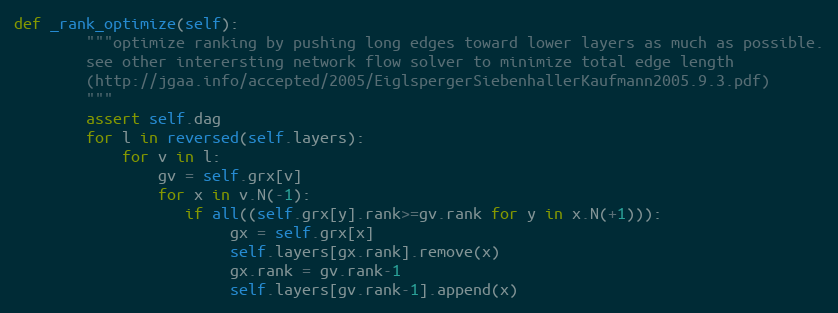
Language: Python
def _rank_optimize(self):
        """optimize ranking by pushing long edges toward lower layers as much as possible.
        see other interersting network flow solver to minimize total edge length
        (http://jgaa.info/accepted/2005/EiglspergerSiebenhallerKaufmann2005.9.3.pdf)
        """
        assert self.dag
        for l in reversed(self.layers):
            for v in l:
                gv = self.grx[v]
                for x in v.N(-1):
                   if all((self.grx[y].rank>=gv.rank for y in x.N(+1))):
                        gx = self.grx[x]
                        self.layers[gx.rank].remove(x)
                        gx.rank = gv.rank-1
                        self.layers[gv.rank-1].append(x)